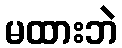
မထားဘဲ